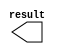
// megafunction wizard: %LPM_CONSTANT%VBB%
// GENERATION: STANDARD
// VERSION: WM1.0
// MODULE: LPM_CONSTANT 

// ============================================================
// Megafunction Name(s):
// 			LPM_CONSTANT
//
// Simulation Library Files(s):
// 			lpm
// ============================================================
// ************************************************************
// THIS IS A WIZARD-GENERATED FILE. DO NOT EDIT THIS FILE!
//
// 13.0.1 Build 232 06/12/2013 SP 1 SJ Web Edition
// ************************************************************

//Copyright (C) 1991-2013 Altera Corporation
//Your use of Altera Corporation's design tools, logic functions 
//and other software and tools, and its AMPP partner logic 
//functions, and any output files from any of the foregoing 
//(including device programming or simulation files), and any 
//associated documentation or information are expressly subject 
//to the terms and conditions of the Altera Program License 
//Subscription Agreement, Altera MegaCore Function License 
//Agreement, or other applicable license agreement, including, 
//without limitation, that your use is for the sole purpose of 
//programming logic devices manufactured by Altera and sold by 
//Altera or its authorized distributors.  Please refer to the 
//applicable agreement for further details.

module lpm_constant1 (
	result);

	output	[0:0]  result;

endmodule

// ============================================================
// CNX file retrieval info
// ============================================================
// Retrieval info: PRIVATE: INTENDED_DEVICE_FAMILY STRING "Cyclone II"
// Retrieval info: PRIVATE: JTAG_ENABLED NUMERIC "0"
// Retrieval info: PRIVATE: JTAG_ID STRING "NONE"
// Retrieval info: PRIVATE: Radix NUMERIC "2"
// Retrieval info: PRIVATE: SYNTH_WRAPPER_GEN_POSTFIX STRING "0"
// Retrieval info: PRIVATE: Value NUMERIC "1"
// Retrieval info: PRIVATE: nBit NUMERIC "1"
// Retrieval info: PRIVATE: new_diagram STRING "1"
// Retrieval info: LIBRARY: lpm lpm.lpm_components.all
// Retrieval info: CONSTANT: LPM_CVALUE NUMERIC "1"
// Retrieval info: CONSTANT: LPM_HINT STRING "ENABLE_RUNTIME_MOD=NO"
// Retrieval info: CONSTANT: LPM_TYPE STRING "LPM_CONSTANT"
// Retrieval info: CONSTANT: LPM_WIDTH NUMERIC "1"
// Retrieval info: USED_PORT: result 0 0 1 0 OUTPUT NODEFVAL "result[0..0]"
// Retrieval info: CONNECT: result 0 0 1 0 @result 0 0 1 0
// Retrieval info: GEN_FILE: TYPE_NORMAL lpm_constant1.v TRUE
// Retrieval info: GEN_FILE: TYPE_NORMAL lpm_constant1.inc FALSE
// Retrieval info: GEN_FILE: TYPE_NORMAL lpm_constant1.cmp FALSE
// Retrieval info: GEN_FILE: TYPE_NORMAL lpm_constant1.bsf TRUE FALSE
// Retrieval info: GEN_FILE: TYPE_NORMAL lpm_constant1_inst.v FALSE
// Retrieval info: GEN_FILE: TYPE_NORMAL lpm_constant1_bb.v TRUE
// Retrieval info: LIB_FILE: lpm